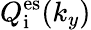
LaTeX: Q_{\mathrm{i}}^{\mathrm{es}}(k_{y})